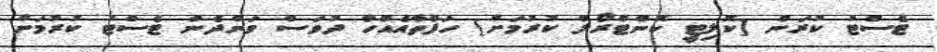
ޓެސްޓު ކުރަން [ކޮލިޓީ ކޮންޓްރޯލް ކުރުމަށް] ހަފްތާއެއްހާ ދުވަސް ވަންދެން ޓެސްޓު ކުރުމަށް